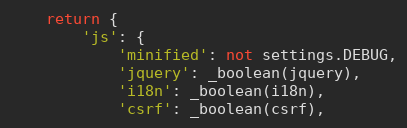
Language: Python
    return {
        'js': {
            'minified': not settings.DEBUG,
            'jquery': _boolean(jquery),
            'i18n': _boolean(i18n),
            'csrf': _boolean(csrf),